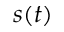
s ( t )